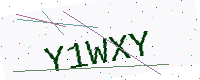
Text: Y1WXY